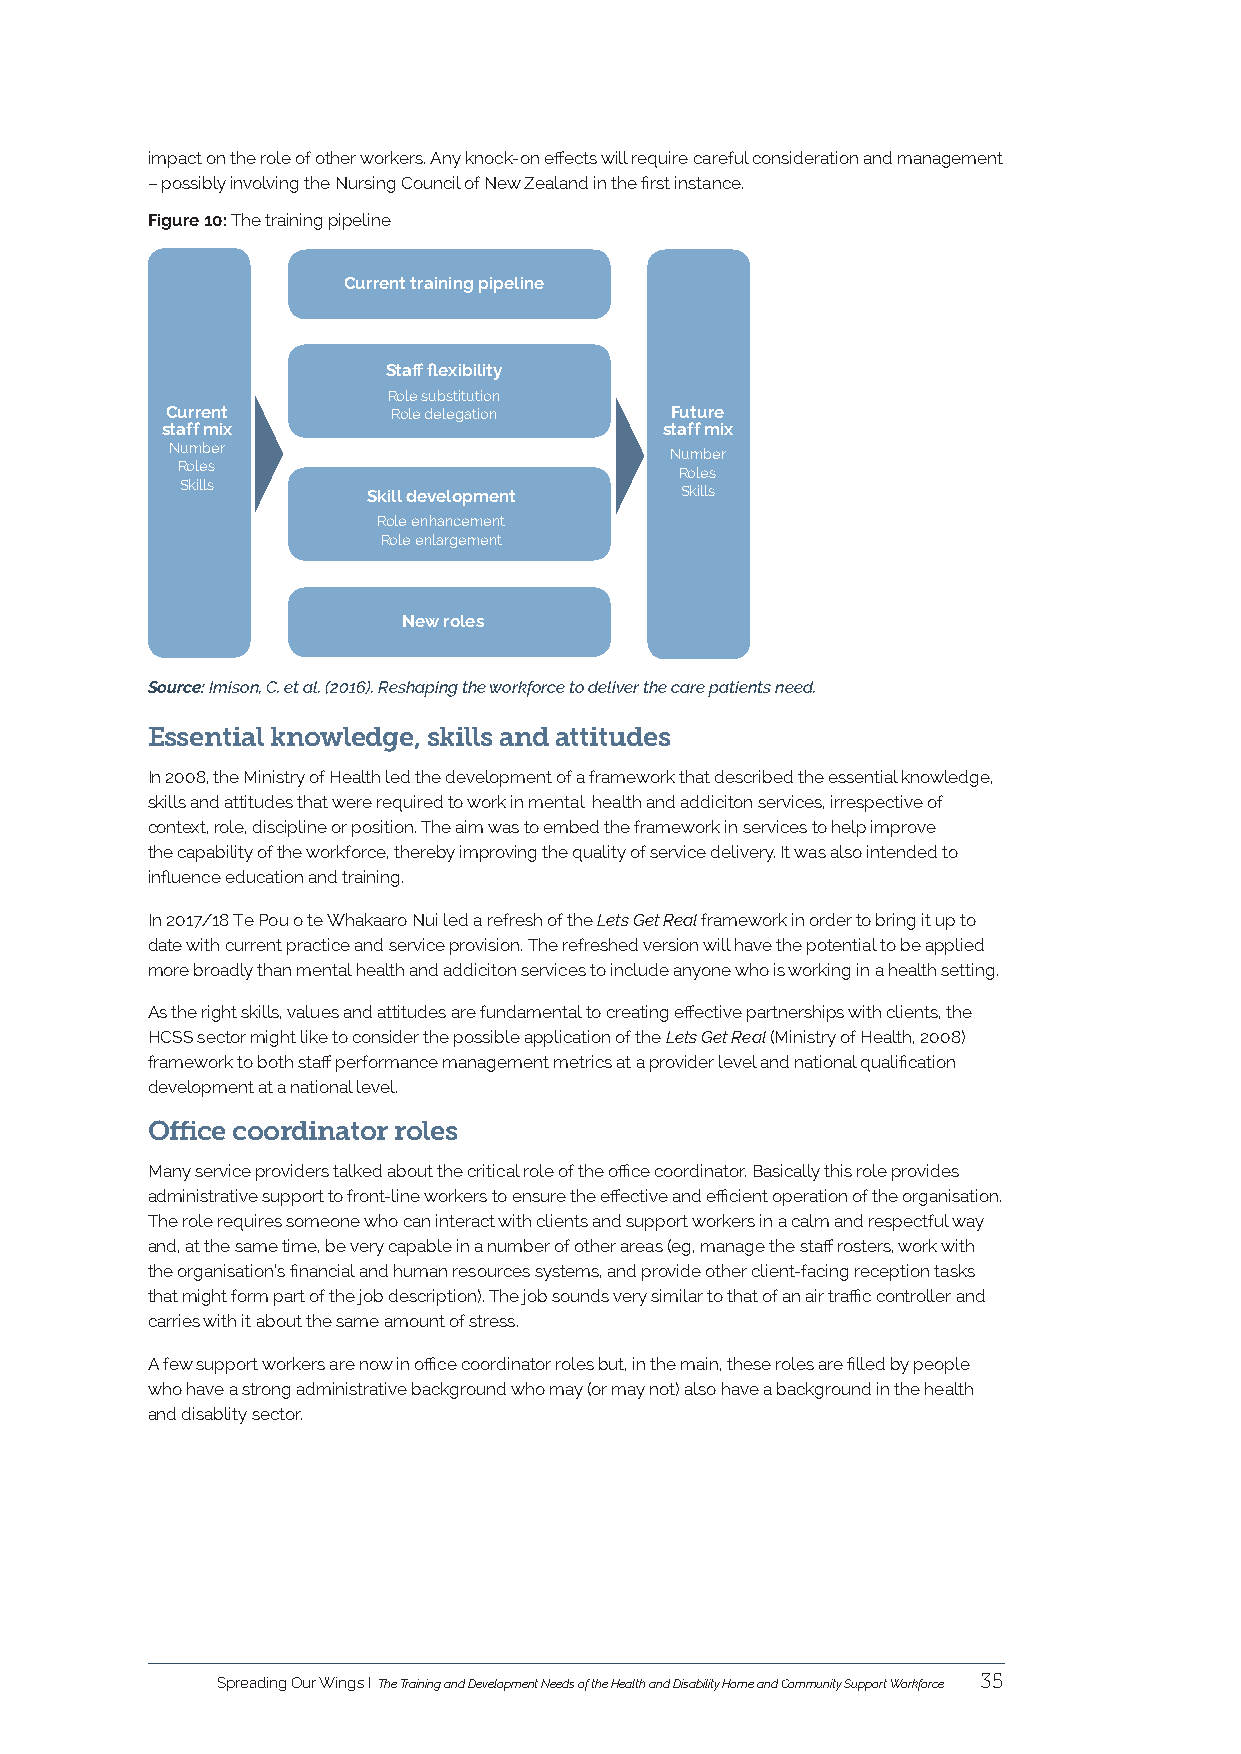
impact on the role of other workers. Any knock-on effects will require careful consideration and management
 – possibly involving the Nursing Council of New Zealand in the first instance.
 Figure 10: The training pipeline
 Current training pipeline
 Staff flexibility
 Role substitution
 Current        Role delegation   Future
 staff mix                        staff mix
 Number                           Number
 Roles                            Roles
 Skills      Skill development    Skills
 Role enhancement
 Role enlargement
 New roles
 Source: Imison, C. et al. (2016). Reshaping the workforce to deliver the care patients need.
 Essential knowledge, skills and attitudes
 In 2008, the Ministry of Health led the development of a framework that described the essential knowledge,
 skills and attitudes that were required to work in mental health and addiciton services, irrespective of
 context, role, discipline or position. The aim was to embed the framework in services to help improve
 the capability of the workforce, thereby improving the quality of service delivery. It was also intended to
 influence education and training.
 In 2017/18 Te Pou o te Whakaaro Nui led a refresh of the Lets Get Real framework in order to bring it up to
 date with current practice and service provision. The refreshed version will have the potential to be applied
 more broadly than mental health and addiciton services to include anyone who is working in a health setting.
 As the right skills, values and attitudes are fundamental to creating effective partnerships with clients, the
 HCSS sector might like to consider the possible application of the Lets Get Real (Ministry of Health, 2008)
 framework to both staff performance management metrics at a provider level and national qualification
 development at a national level.
 Office coordinator roles
 Many service providers talked about the critical role of the office coordinator. Basically this role provides
 administrative support to front-line workers to ensure the effective and efficient operation of the organisation.
 The role requires someone who can interact with clients and support workers in a calm and respectful way
 and, at the same time, be very capable in a number of other areas (eg, manage the staff rosters, work with
 the organisation’s financial and human resources systems, and provide other client-facing reception tasks
 that might form part of the job description). The job sounds very similar to that of an air traffic controller and
 carries with it about the same amount of stress.
 A few support workers are now in office coordinator roles but, in the main, these roles are filled by people
 who have a strong administrative background who may (or may not) also have a background in the health
 and disablity sector.
 Spreading Our Wings I The Training and Development Needs of the Health and Disability Home and Community Support Workforce 35